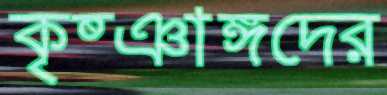
কৃষ্ঞাঙ্গদের